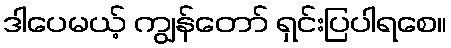
ဒါပေမယ့် ကျွန်တော် ရှင်းပြပါရစေ။